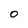
Character: 0